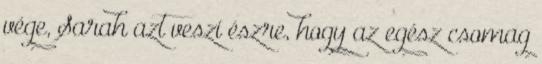
vége, Sarah azt veszi észre, hogy az egész csomag